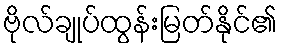
ဗိုလ်ချုပ်ထွန်းမြတ်နိုင်၏